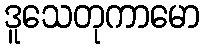
ဒူသေတုကာမော